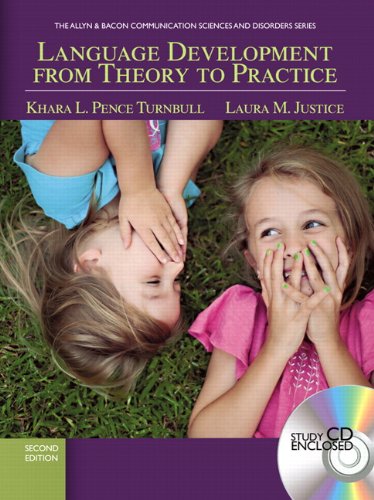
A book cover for Language Development From Theory to Practice (2nd Edition) (Allyn & Bacon Communication Sciences and Disorders); Khara L. Pence Turnbull; Medical Books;